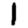
Digit: 1